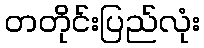
တတိုင်းပြည်လုံး